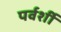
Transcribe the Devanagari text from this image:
पर्वर्शी